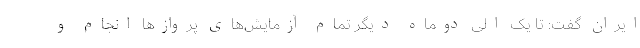
ایران گفت: تا یک الی دوماه دیگر تمام آزمایش‌های پرواز‌ها انجام و